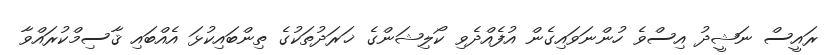
ރައީސް ނަޝީދު އިސްވެ ހުންނަވައިގެން އުފެއްދެވި ކޯލިޝަންގެ ޚަރަދުތަކުގެ ތިންބައިކުޅަ އެއްބައި ޤާސިމްކުރައްވާ